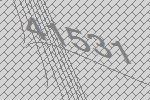
41531